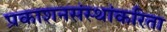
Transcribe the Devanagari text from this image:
प्रकाशनसंस्थांकरिता